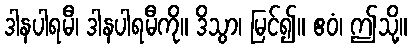
ဒါနပါရမီ၊ ဒါနပါရမီကို။ ဒိသွာ၊ မြင်၍။ ဧဝံ၊ ဤသို့။